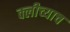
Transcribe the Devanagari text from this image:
क्लीच्याच